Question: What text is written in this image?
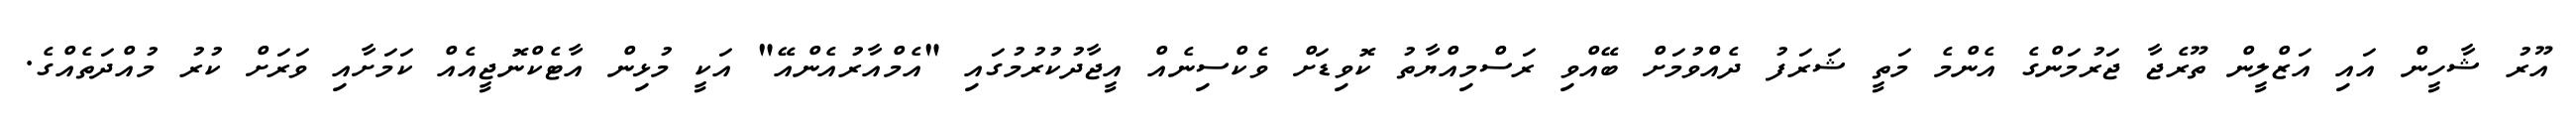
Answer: އޫރު ޝާހީން އައި އަޒްލީން ތޫރެޖާ ޖަރުމަންގެ އެންމެ މަތީ ޝަރަފު ދެއްވުމަށް ބޭއްވި ރަސްމިއްޔާތު ކޮވިޑަށް ވެކްސިނެއް އީޖާދުކުރުމުގައި "އެމްއާރުއެންއޭ" އަކީ މުޅިން އާޓެކްނޮޖީއެއް ކަމަށާއި ވަރަށް ކުރު މުއްދަތެއްގެ.